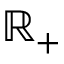
\mathbb { R } _ { + }